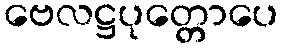
ဗေလဋ္ဌပုတ္တောပေ